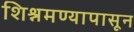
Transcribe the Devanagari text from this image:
शिश्नमण्यापासून